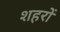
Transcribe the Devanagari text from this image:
शहरों